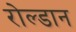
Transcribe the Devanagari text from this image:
रोल्डान